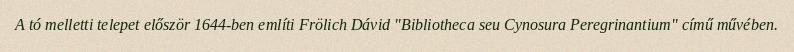
A tó melletti telepet először 1644-ben említi Frölich Dávid "Bibliotheca seu Cynosura Peregrinantium" című művében.